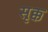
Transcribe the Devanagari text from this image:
सृक्क